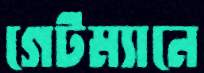
গেটম্যানে